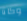
وكانا